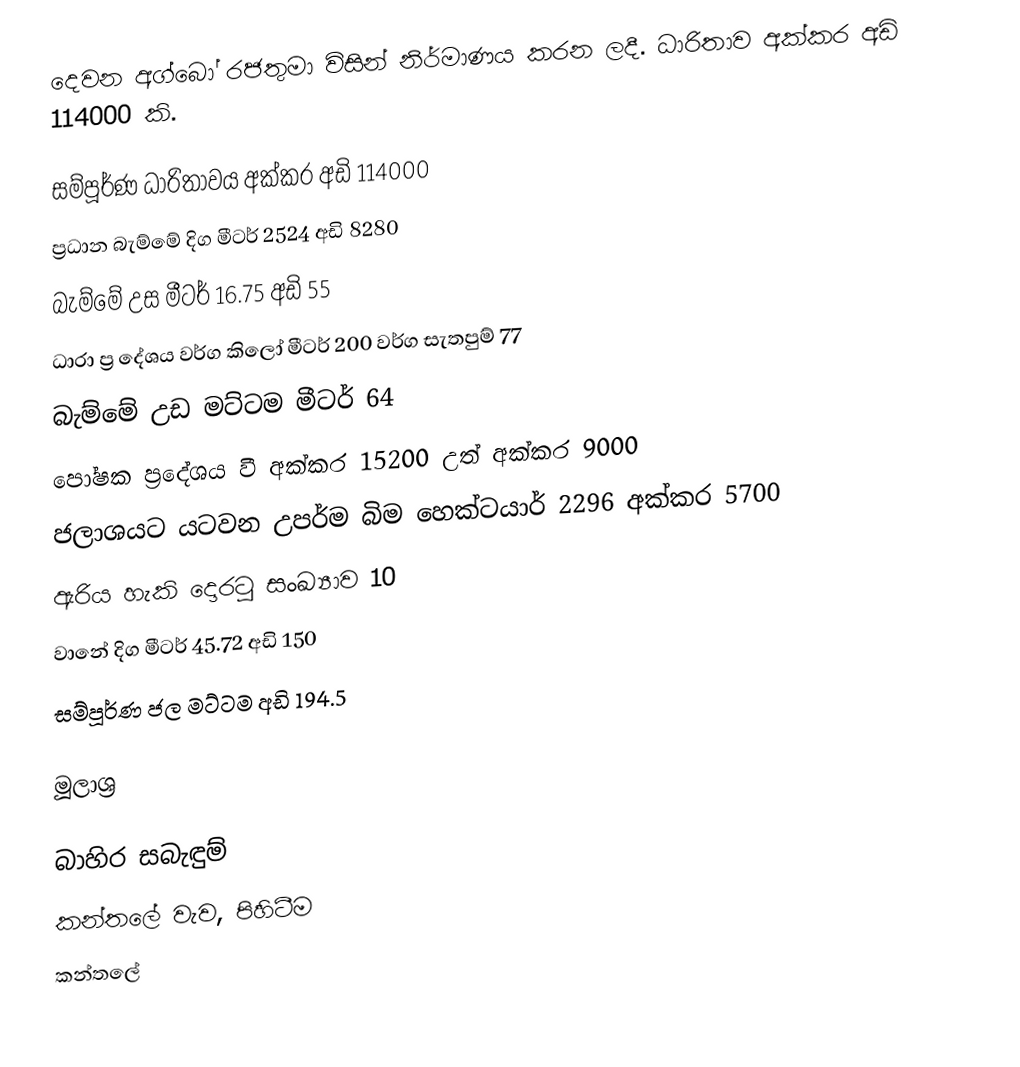
දෙවන අග්බෝ රජතුමා විසින් නිර්මාණය කරන ලදී.  ධාරිතාව අක්කර අඩි 114000  කි.

සම්පූර්ණ ධාරිතාවය අක්කර අඩි 114000
ප්‍රධාන බැම්මේ දිග මීටර් 2524 අඩි 8280
බැම්මේ උස මීටර් 16.75 අඩි 55
ධාරා ප්‍ර දේශය වර්ග කිලෝ මීටර් 200 වර්ග සැතපුම් 77
බැම්මේ උඩ මට්ටම මීටර් 64
පෝෂක ප්‍රදේශය වී අක්කර 15200 උත් අක්කර 9000
ජලාශයට යටවන උපර්ම බිම හෙක්ටයාර් 2296 අක්කර 5700
ඇරිය හැකි දොරටු සංඛ්‍යාව 10
වානේ දිග මීටර් 45.72 අඩි 150
සම්පූර්ණ ජල මට්ටම අඩි 194.5

මූලාශ්‍ර

බාහිර සබැඳුම්
කන්තලේ වැව, පිහිටීම
කන්තලේ